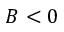
B < 0